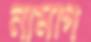
নামগি